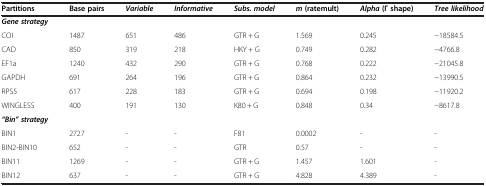
<table><thead><tr><td><b>Partitions</b></td><td><b>Base pairs</b></td><td><b><i>Variable</i></b></td><td><b><i>Informative</i></b></td><td><b><i>Subs. model</i></b></td><td><b><i>m</i>(ratemult)</b></td><td><b><i>Alpha</i>(Γ shape)</b></td><td><b><i>Tree likelihood</i></b></td></tr></thead><tbody><tr><td><b><i>Gene strategy</i></b></td><td></td><td></td><td></td><td></td><td></td><td></td><td></td></tr><tr><td>COI</td><td>1487</td><td>651</td><td>486</td><td>GTR + G</td><td>1.569</td><td>0.245</td><td>−18584.5</td></tr><tr><td>CAD</td><td>850</td><td>319</td><td>218</td><td>HKY + G</td><td>0.749</td><td>0.282</td><td>−4766.8</td></tr><tr><td>EF1a</td><td>1240</td><td>432</td><td>290</td><td>GTR + G</td><td>0.768</td><td>0.222</td><td>−21045.8</td></tr><tr><td>GAPDH</td><td>691</td><td>264</td><td>196</td><td>GTR + G</td><td>0.864</td><td>0.232</td><td>−13990.5</td></tr><tr><td>RPS5</td><td>617</td><td>228</td><td>183</td><td>GTR + G</td><td>0.694</td><td>0.198</td><td>−11920.2</td></tr><tr><td>WINGLESS</td><td>400</td><td>191</td><td>130</td><td>K80 + G</td><td>0.848</td><td>0.34</td><td>−8617.8</td></tr><tr><td><b><i>“Bin” strategy</i></b></td><td></td><td></td><td></td><td></td><td></td><td></td><td></td></tr><tr><td>BIN1</td><td>2727</td><td>-</td><td>-</td><td>F81</td><td>0.0002</td><td>-</td><td>-</td></tr><tr><td>BIN2-BIN10</td><td>652</td><td>-</td><td>-</td><td>GTR</td><td>0.57</td><td>-</td><td>-</td></tr><tr><td>BIN11</td><td>1269</td><td>-</td><td>-</td><td>GTR + G</td><td>1.457</td><td>1.601</td><td>-</td></tr><tr><td>BIN12</td><td>637</td><td>-</td><td>-</td><td>GTR + G</td><td>4.828</td><td>4.389</td><td>-</td></tr></tbody></table>